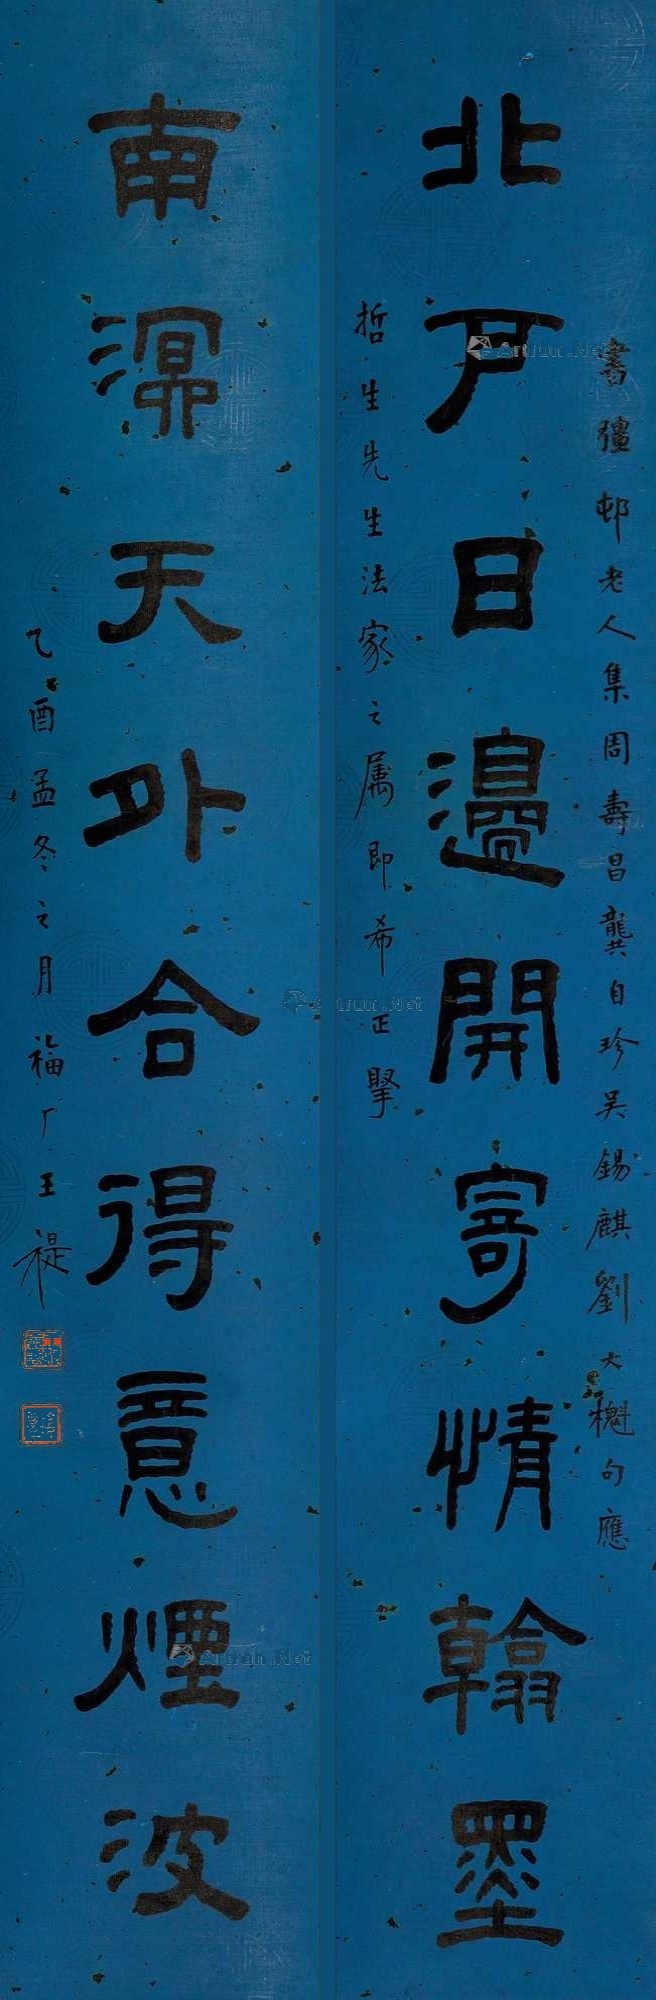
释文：北户日边开寄情翰墨，南溟天外合得意烟波。书强邨老人集周寿昌、龚自珍、吴锡麟、刘大櫆句，应哲生先生法家之属即希正擘，乙酉孟冬之月，福厂王褆。